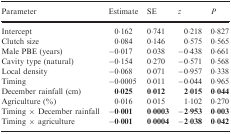
<table><thead><tr><td><b>Parameter</b></td><td><b>Estimate</b></td><td><b>SE</b></td><td><b><i>z</i></b></td><td><b><i>P</i></b></td></tr></thead><tbody><tr><td>Intercept</td><td>0·162</td><td>0·741</td><td>0·218</td><td>0·827</td></tr><tr><td>Clutch size</td><td>0·084</td><td>0·146</td><td>0·575</td><td>0·565</td></tr><tr><td>Male PBE (years)</td><td>−0·017</td><td>0·038</td><td>−0·438</td><td>0·661</td></tr><tr><td>Cavity type (natural)</td><td>−0·154</td><td>0·270</td><td>−0·571</td><td>0·568</td></tr><tr><td>Local density</td><td>−0·068</td><td>0·071</td><td>−0·957</td><td>0·338</td></tr><tr><td>Timing</td><td>−0·0005</td><td>0·011</td><td>−0·044</td><td>0·965</td></tr><tr><td>December rainfall (cm)</td><td><b>0·025</b></td><td><b>0·012</b></td><td><b>2·015</b></td><td><b>0·044</b></td></tr><tr><td>Agriculture (%)</td><td>0·016</td><td>0·015</td><td>1·102</td><td>0·270</td></tr><tr><td>Timing × December rainfall</td><td><b>−0·001</b></td><td><b>0·0003</b></td><td><b>−2·953</b></td><td><b>0·003</b></td></tr><tr><td>Timing × agriculture</td><td><b>−0·001</b></td><td><b>0·0004</b></td><td><b>−2·038</b></td><td><b>0·042</b></td></tr></tbody></table>